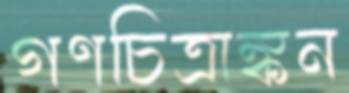
গণচিত্রাঙ্কন